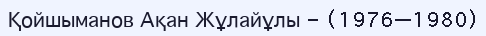
Қойшыманов Ақан Жұлайұлы - (1976—1980)